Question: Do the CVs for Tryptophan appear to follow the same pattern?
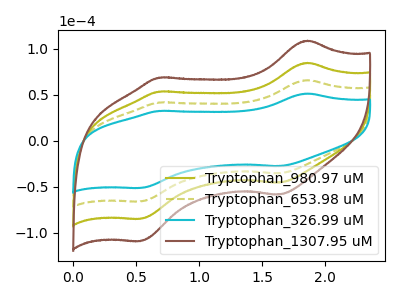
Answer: <think>The olive curve "Tryptophan_980.97 uM" has anodic peaks at (1.85V, 131.75uA) (0.70V, 83.20uA) and cathodic peaks at (1.65V, -71.10uA) (0.55V, -132.35uA). The olive dashed curve "Tryptophan_653.98 uM" has anodic peaks at (1.85V, 65.85uA) (0.70V, 41.60uA) and cathodic peaks at (1.65V, -35.55uA) (0.55V, -66.15uA). The cyan curve "Tryptophan_326.99 uM" has anodic peaks at (1.85V, 51.25uA) (0.70V, 32.35uA) and cathodic peaks at (1.65V, -27.65uA) (0.55V, -51.50uA). The brown curve "Tryptophan_1307.95 uM" has anodic peaks at (1.85V, 197.60uA) (0.70V, 124.80uA) and cathodic peaks at (1.65V, -106.65uA) (0.55V, -198.50uA).
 All the peaks in "Tryptophan_980.97 uM" have a peak in "Tryptophan_653.98 uM" at the same potential. Every peak in "Tryptophan_980.97 uM" is higher than every peak in "Tryptophan_653.98 uM". All the peaks in "Tryptophan_980.97 uM" have a peak in "Tryptophan_326.99 uM" at the same potential. Every peak in "Tryptophan_980.97 uM" is higher than every peak in "Tryptophan_326.99 uM". All the peaks in "Tryptophan_980.97 uM" have a peak in "Tryptophan_1307.95 uM" at the same potential. Every peak in "Tryptophan_980.97 uM" is lower than every peak in "Tryptophan_1307.95 uM". All the peaks in "Tryptophan_653.98 uM" have a peak in "Tryptophan_326.99 uM" at the same potential. Every peak in "Tryptophan_653.98 uM" is higher than every peak in "Tryptophan_326.99 uM". All the peaks in "Tryptophan_653.98 uM" have a peak in "Tryptophan_1307.95 uM" at the same potential. Every peak in "Tryptophan_653.98 uM" is lower than every peak in "Tryptophan_1307.95 uM". All the peaks in "Tryptophan_326.99 uM" have a peak in "Tryptophan_1307.95 uM" at the same potential. Every peak in "Tryptophan_326.99 uM" is lower than every peak in "Tryptophan_1307.95 uM".</think>
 <answer>All the CV's of "Tryptophan" have similar shape.</answer>
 <eval>follow_rule</eval>